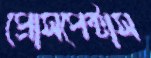
প্রোসপেক্টাস